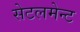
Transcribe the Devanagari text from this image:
सेटलमेन्ट